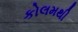
કોલમથી